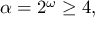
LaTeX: \alpha = 2 ^ { \omega } \geq 4 ,